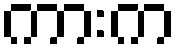
ကားက